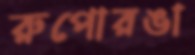
রুপোরঙা